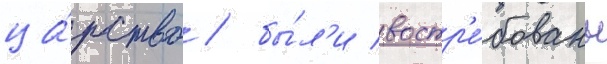
ца́рство / бы́л'и востр'е́бованы